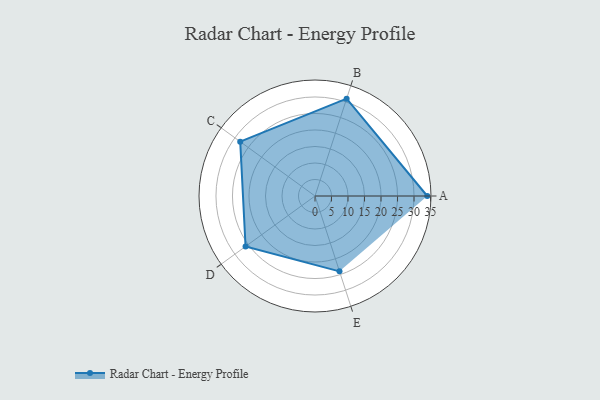
{"axis": {"x": "Skill", "y": "Score"}, "legend": ["Profile"], "data": [{"x": "A", "y": 34.0, "type": "Profile"}, {"x": "B", "y": 31.0, "type": "Profile"}, {"x": "C", "y": 28.0, "type": "Profile"}, {"x": "D", "y": 26.0, "type": "Profile"}, {"x": "E", "y": 24.0, "type": "Profile"}]}